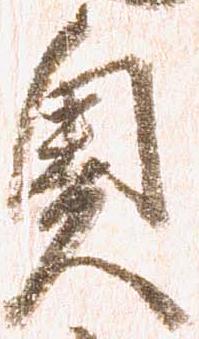
奥